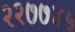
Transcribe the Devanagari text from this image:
२२७७४५